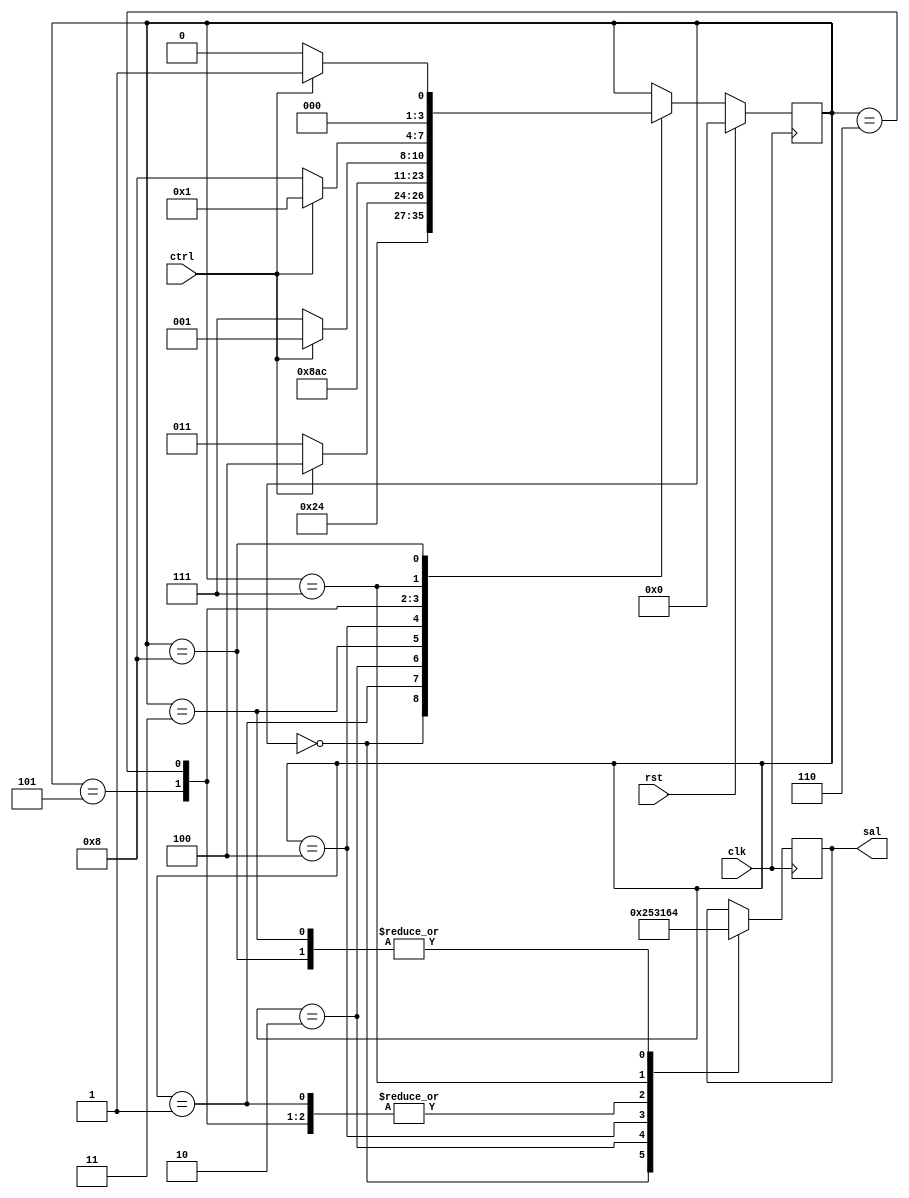
//Jesus Eduardo Esparza Soto
//Contador de decenas

//Modulo

module codalu (clk,rst,ctrl,sal);

	//puertos
	//sentido    tipo  tamao   nombre
	input                       clk,rst,ctrl;
	output       reg   [3:0]         sal;
	
	//alambre y registros
	reg					 [3:0]    maquina;
	parameter e0=0,e1=1,e2=2,e3=3,e4=4,e5=5,e6=6,e7=7,e8=8;
	
//Asignaciones

	//seales
	//componentes
	//secuenciales
	
	//control de transiciones////////////////////////////////
	
	always@(posedge clk)
	begin
		if(rst)
			maquina=e0;
		else
			case(maquina)
				e0: maquina=e1;
				e1: maquina=e2;
				e2: 
					begin
						if(ctrl)
						maquina=e4;
						else
						maquina=e3;
					end
				e3: maquina=e4;
				e4: maquina=e5;
				e5: maquina=e6;
				e6: 
					begin
						if(ctrl)
						maquina=e1;
						else
						maquina=e7;
					end
				e7: 
					begin
						if(ctrl)
						maquina=e1;
						else
						maquina=e8;
					end
				e8: 
					begin
						if(ctrl)
						maquina=e1;
						else
						maquina=e0;
					end
			endcase
	end
	
	////////////////////////////////////////////////////////
	
	//control de salidas////////////////////////////////
	
	always@(posedge clk)
	begin
			case(maquina)
				e0: sal=2;
				e1: sal=1;
				e2: sal=5;
				e3: sal=4;
				e4: sal=3;
				e5: sal=1;
				e6: sal=1;
				e7: sal=6;
				e8: sal=4;
			endcase
	end
	
	////////////////////////////////////////////////////////
endmodule